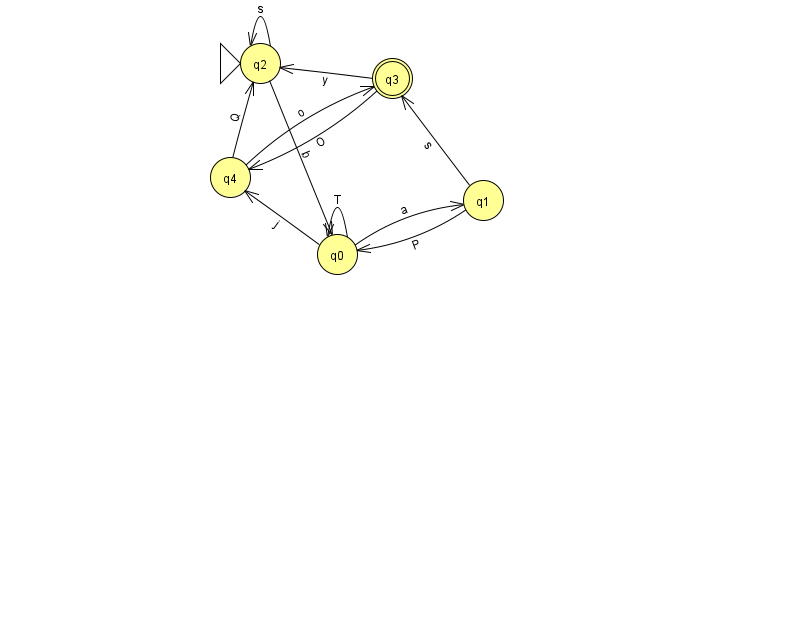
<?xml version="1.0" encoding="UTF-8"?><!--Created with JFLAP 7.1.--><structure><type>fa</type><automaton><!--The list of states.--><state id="0" name="q0"><x>337.0</x><y>241.0</y></state><state id="1" name="q1"><x>483.0</x><y>187.0</y></state><state id="2" name="q2"><x>260.0</x><y>50.0</y><initial/></state><state id="3" name="q3"><x>392.0</x><y>65.0</y><final/></state><state id="4" name="q4"><x>230.0</x><y>164.0</y></state><!--The list of transitions.--><transition><from>2</from><to>2</to><read>s</read></transition><transition><from>0</from><to>0</to><read>T</read></transition><transition><from>0</from><to>1</to><read>a</read></transition><transition><from>1</from><to>0</to><read>P</read></transition><transition><from>3</from><to>4</to><read>O</read></transition><transition><from>4</from><to>3</to><read>o</read></transition><transition><from>1</from><to>3</to><read>s</read></transition><transition><from>2</from><to>0</to><read>b</read></transition><transition><from>3</from><to>2</to><read>y</read></transition><transition><from>4</from><to>2</to><read>Q</read></transition><transition><from>0</from><to>4</to><read>j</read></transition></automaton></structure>